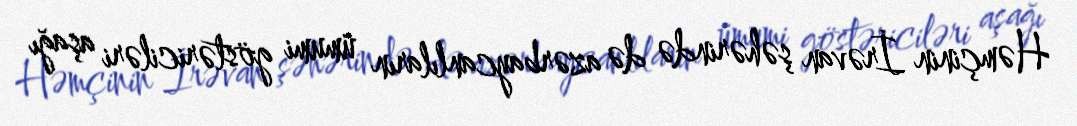
Həmçinin İrəvan şəhərində də azərbaycanlıların ümumi göstəriciləri aşağı